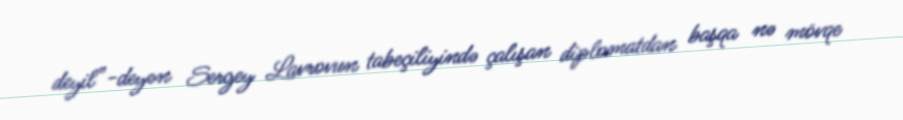
deyil”-deyən Sergey Lavrovun tabeçiliyində çalışan diplomatdan başqa nə mövqe